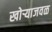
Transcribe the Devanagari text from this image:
खोऱ्याजवळ